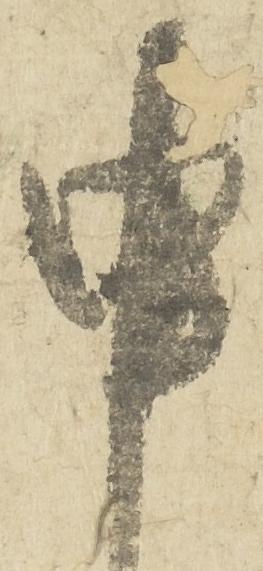
申